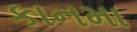
કાનમા